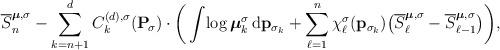
LaTeX: \begin{align*}\overline{S}_n^{\boldsymbol{\mu},\sigma} -\sum_{k=n+1}^{d} C_{k}^{(d), \sigma}(\mathbf{P}_{\!\sigma}) \cdot\bigg( \int\! \log \boldsymbol{\mu}_k^{\sigma}\,\mathrm{d}\mathbf{p}_{\sigma_k} + \sum_{\ell=1}^{n} \chi_{\ell}^{\sigma}(\mathbf{p}_{\sigma_k})\big( \overline{S}_{\ell}^{\boldsymbol{\mu},\sigma}-\overline{S}_{\ell-1}^{\boldsymbol{\mu},\sigma} \big) \bigg),\end{align*}